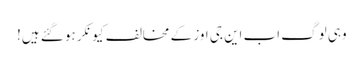
وہی لوگ اب این جی اوز کے مخالف کیونکر ہو گئے ہیں!